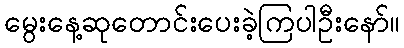
မွေးနေ့ဆုတောင်းပေးခဲ့ကြပါဦးနော်။